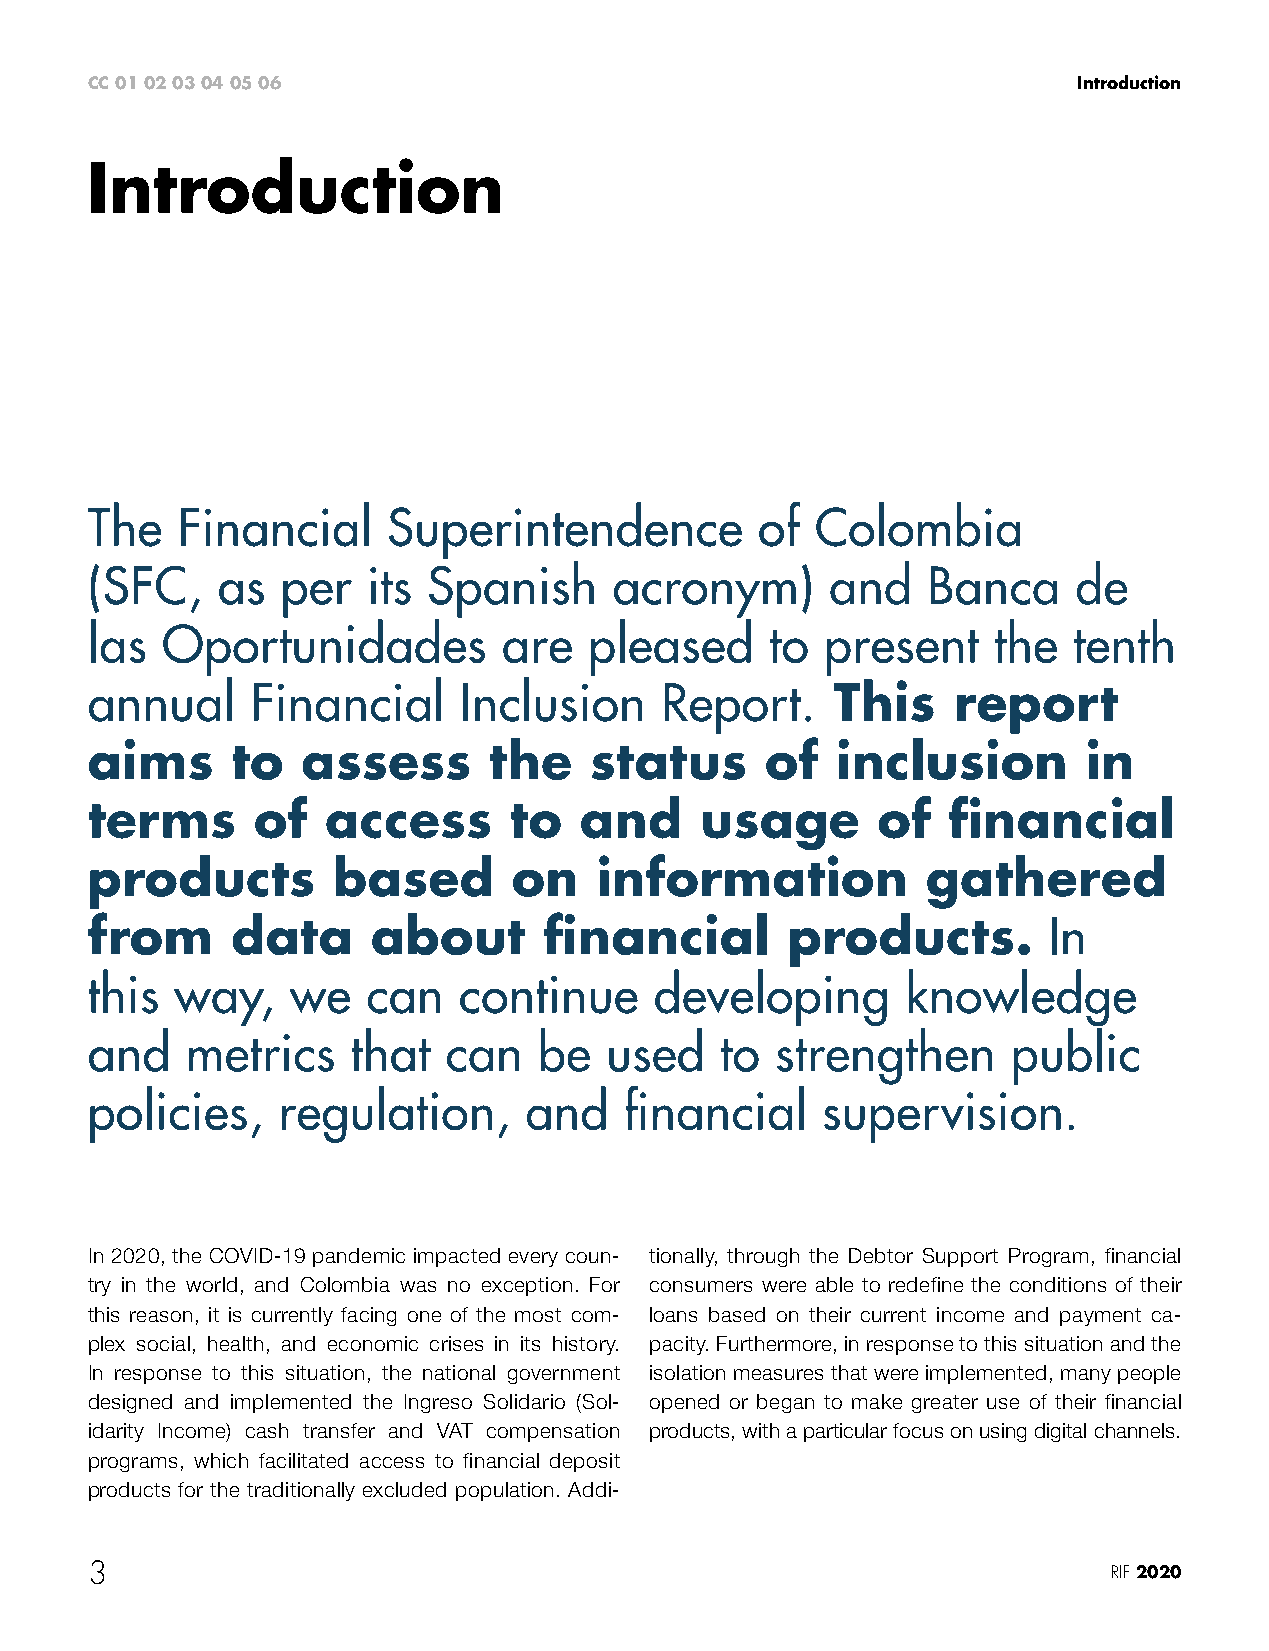
CC 01 02 03 04 05 06                                             Introduction
 Introduction
 The   Financial     Superintendence         of  Colombia
 (SFC,   as   per  its Spanish      acronym)      and   Banca     de
 las  Oportunidades         are   pleased     to  present    the  tenth
 annual     Financial    Inclusion     Report.    This    report
 aims     to   assess      the    status      of  inclusion        in
 terms      of   access      to  and     usage       of   financial
 products        based       on   information           gathered
 from     data      about      financial       products.        In
 this  way,   we   can   continue     developing       knowledge
 and   metrics    that  can    be  used    to strengthen      public
 policies,   regulation,      and   financial    supervision.
 In 2020, the COVID-19 pandemic impacted every coun- tionally, through the Debtor Support Program, financial
 try in the world, and Colombia was no exception. For consumers were able to redefine the conditions of their
 this reason, it is currently facing one of the most com- loans based on their current income and payment ca-
 plex social, health, and economic crises in its history. pacity. Furthermore, in response to this situation and the
 In response to this situation, the national government isolation measures that were implemented, many people
 designed and implemented the Ingreso Solidario (Sol- opened or began to make greater use of their financial
 idarity Income) cash transfer and VAT compensation products, with a particular focus on using digital channels.
 programs, which facilitated access to financial deposit
 products for the traditionally excluded population. Addi-
 3                                                                   RIF 2020